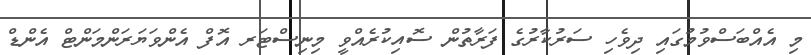
މި އެއްބަސްވުމުގައި ދިވެހި ސަރުކާރުގެ ފަރާތުން ސޮއިކުރެއްވީ މިނިސްޓަރ އޮފް އެންވަޔަރަންމަންޓް އެންޑް